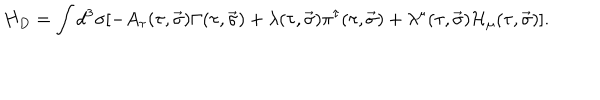
H _ { D } = \int d ^ { 3 } \sigma [ - A _ { \tau } ( \tau , \vec { \sigma } ) \Gamma ( \tau , \vec { \sigma } ) + \lambda ( \tau , \vec { \sigma } ) \pi ^ { \tau } ( \tau , \vec { \sigma } ) + \lambda ^ { \mu } ( \tau , \vec { \sigma } ) { \cal H } _ { \mu } ( \tau , \vec { \sigma } ) ] .